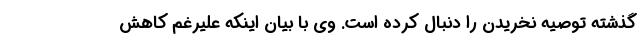
گذشته توصیه نخریدن را دنبال کرده است. وی با بیان اینکه علیرغم کاهش